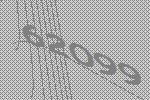
62099